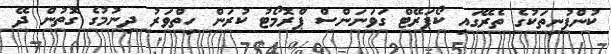
ކުންފުނިތަކުގެ ތެރޭގައި ކޯޕަރޭޓް ގަވަނަންސް ޕްރޮމޯޓު ކުރަން ހިތްވަރު ދިނުމުގެ ގޮތުން ދޭ